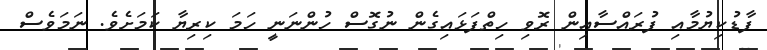
ފާޑުކިޔުމާއި ފުރައްސާއިން ރޮވި ހިތްފަޅައިގެން ނުގޮސް ހުންނަނީ ހަމަ ކިރިޔާ ކަމަށެވެ. ނަމަވެސް